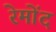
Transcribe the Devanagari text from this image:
रेमोंद